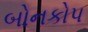
બોનકોપ